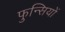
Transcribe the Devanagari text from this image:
फुन्सियों